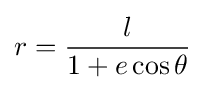
r={\frac {l}{1+e\cos \theta }}